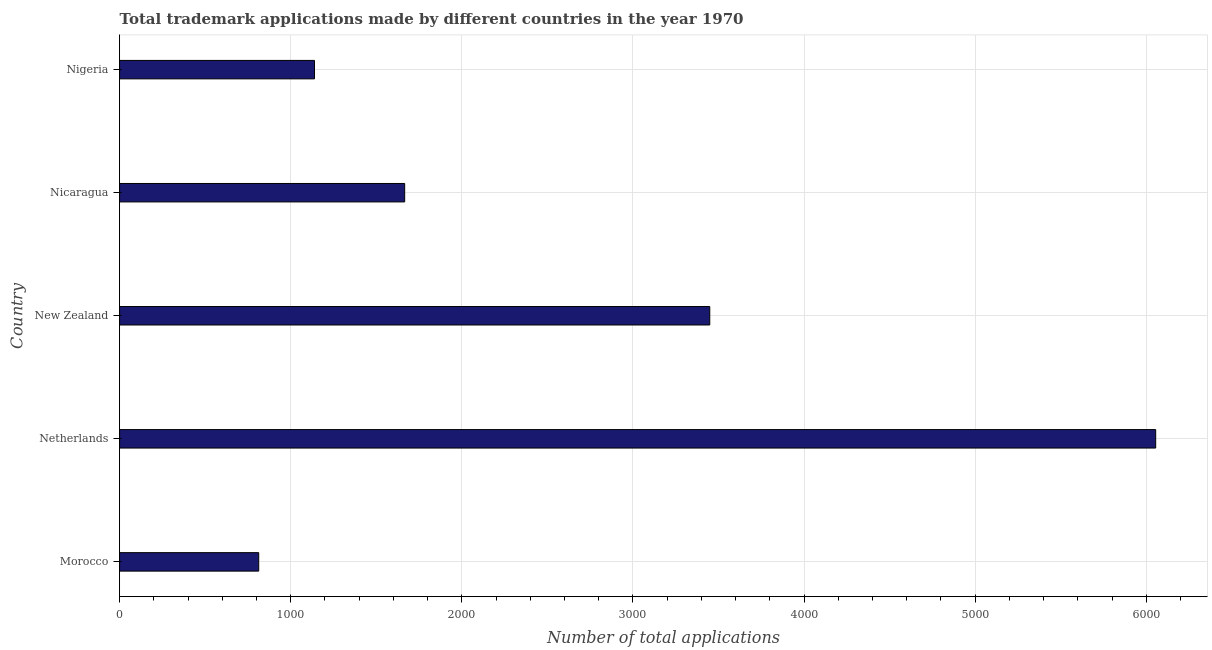
| Country | Trademark applications |
 | --- | --- |
 | Morocco | 813 |
 | Netherlands | 6.06e+03 |
 | New Zealand | 3.45e+03 |
 | Nicaragua | 1.67e+03 |
 | Nigeria | 1.14e+03 |